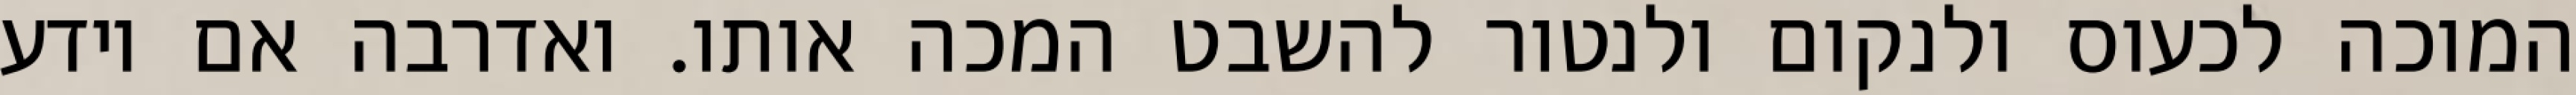
המוכה לכעוס ולנקום ולנטור להשבט המכה אותו. ואדרבה אם יודע